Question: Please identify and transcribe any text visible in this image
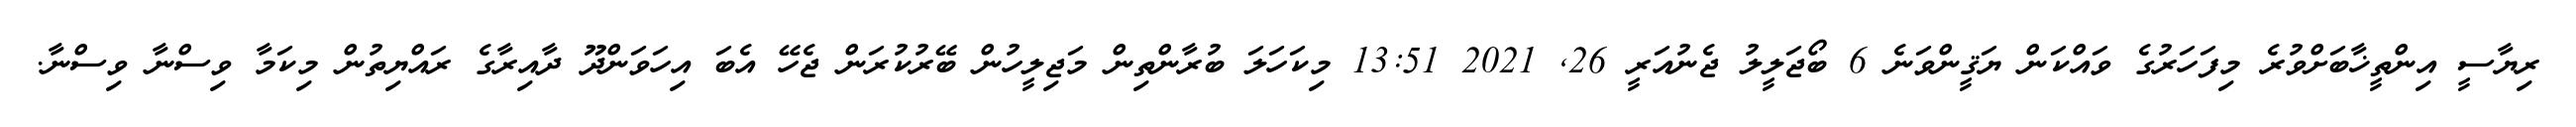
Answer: ރިޔާސީ އިންތީޚާބަށްވުރެ މިފަހަރުގެ ވައްކަން ޔަޤީންވަނެ 6 ބޯޖަލީލު ޖެނުއަރީ 26, 2021 13:51 މިކަހަލަ ބުރާންތިން މަޖިލީހުން ބޭރުކުރަން ޖެހޭ އެބަ އިހަވަންދޫ ދާއިރާގެ ރައްޔިތުން މިކަމާ ވިސްނާ ވިސްނާ.